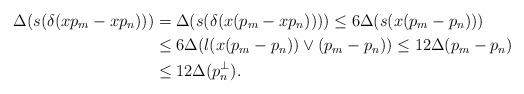
LaTeX: \begin{align*}\Delta(s(\delta(xp_m-xp_n)))&=\Delta(s(\delta(x(p_m-xp_n))))\leq6\Delta(s(x(p_m-p_n)))\\&\leq6\Delta(l(x(p_m-p_n))\vee(p_m-p_n))\leq12\Delta(p_m-p_n)\\&\leq12\Delta(p_n^\bot). \end{align*}